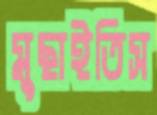
মুছাইতিস